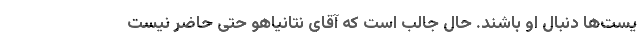
یست‌ها دنبال او باشند. حال جالب است که آقای نتانیاهو حتی حاضر نیست